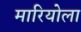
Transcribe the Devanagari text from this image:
मारियोला